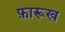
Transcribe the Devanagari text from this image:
फ़ारूख